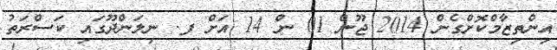
އިންތިޒާމްކޮށްގެން 2014 ޖޫން 01 ން 14 އަށް ފ. ނިލަންދޫގައި ކަސްރަތު